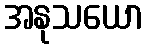
အနုသယော